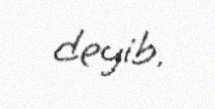
deyib.